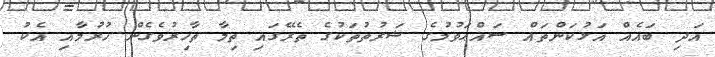
އަދި ބައެއް އަޅުކަންތައް ސައްޙަވުމުގެ ޝަރުތުތަކުގެ ތެރޭގައި ތިމާ ތާހިރުވެގެން ހުރުމާއި އެކު